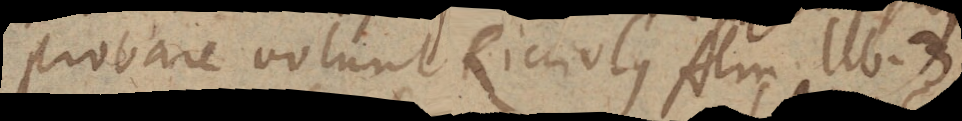
probare volunt Ricciolus Alm. lib. 3